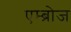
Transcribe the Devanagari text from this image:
एम्ब्रोज